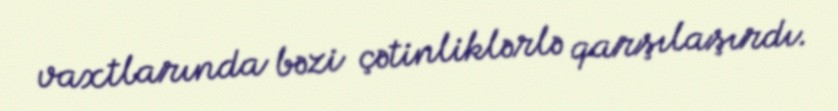
vaxtlarında bəzi çətinliklərlə qarşılaşırdı.